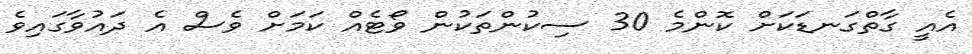
އެއީ ގާތްގަނޑަކަށް ކޮންމެ 30 ސިކުންތަކުން ވޯޓެއް ކަމަށް ވެސް އެ ދައުވާގައިވެ